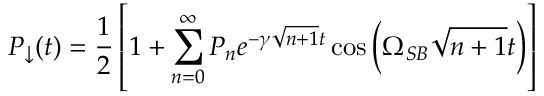
P _ { \downarrow } ( t ) = \frac { 1 } { 2 } \left[ 1 + \sum _ { n = 0 } ^ { \infty } P _ { n } e ^ { - \gamma \sqrt { n + 1 } t } \cos \left( \Omega _ { S B } \sqrt { n + 1 } t \right) \right]